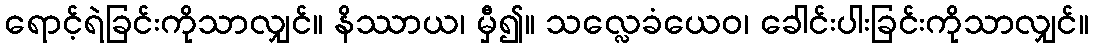
ရောင့်ရဲခြင်းကိုသာလျှင်။ နိဿာယ၊ မှီ၍။ သလ္လေခံယေဝ၊ ခေါင်းပါးခြင်းကိုသာလျှင်။